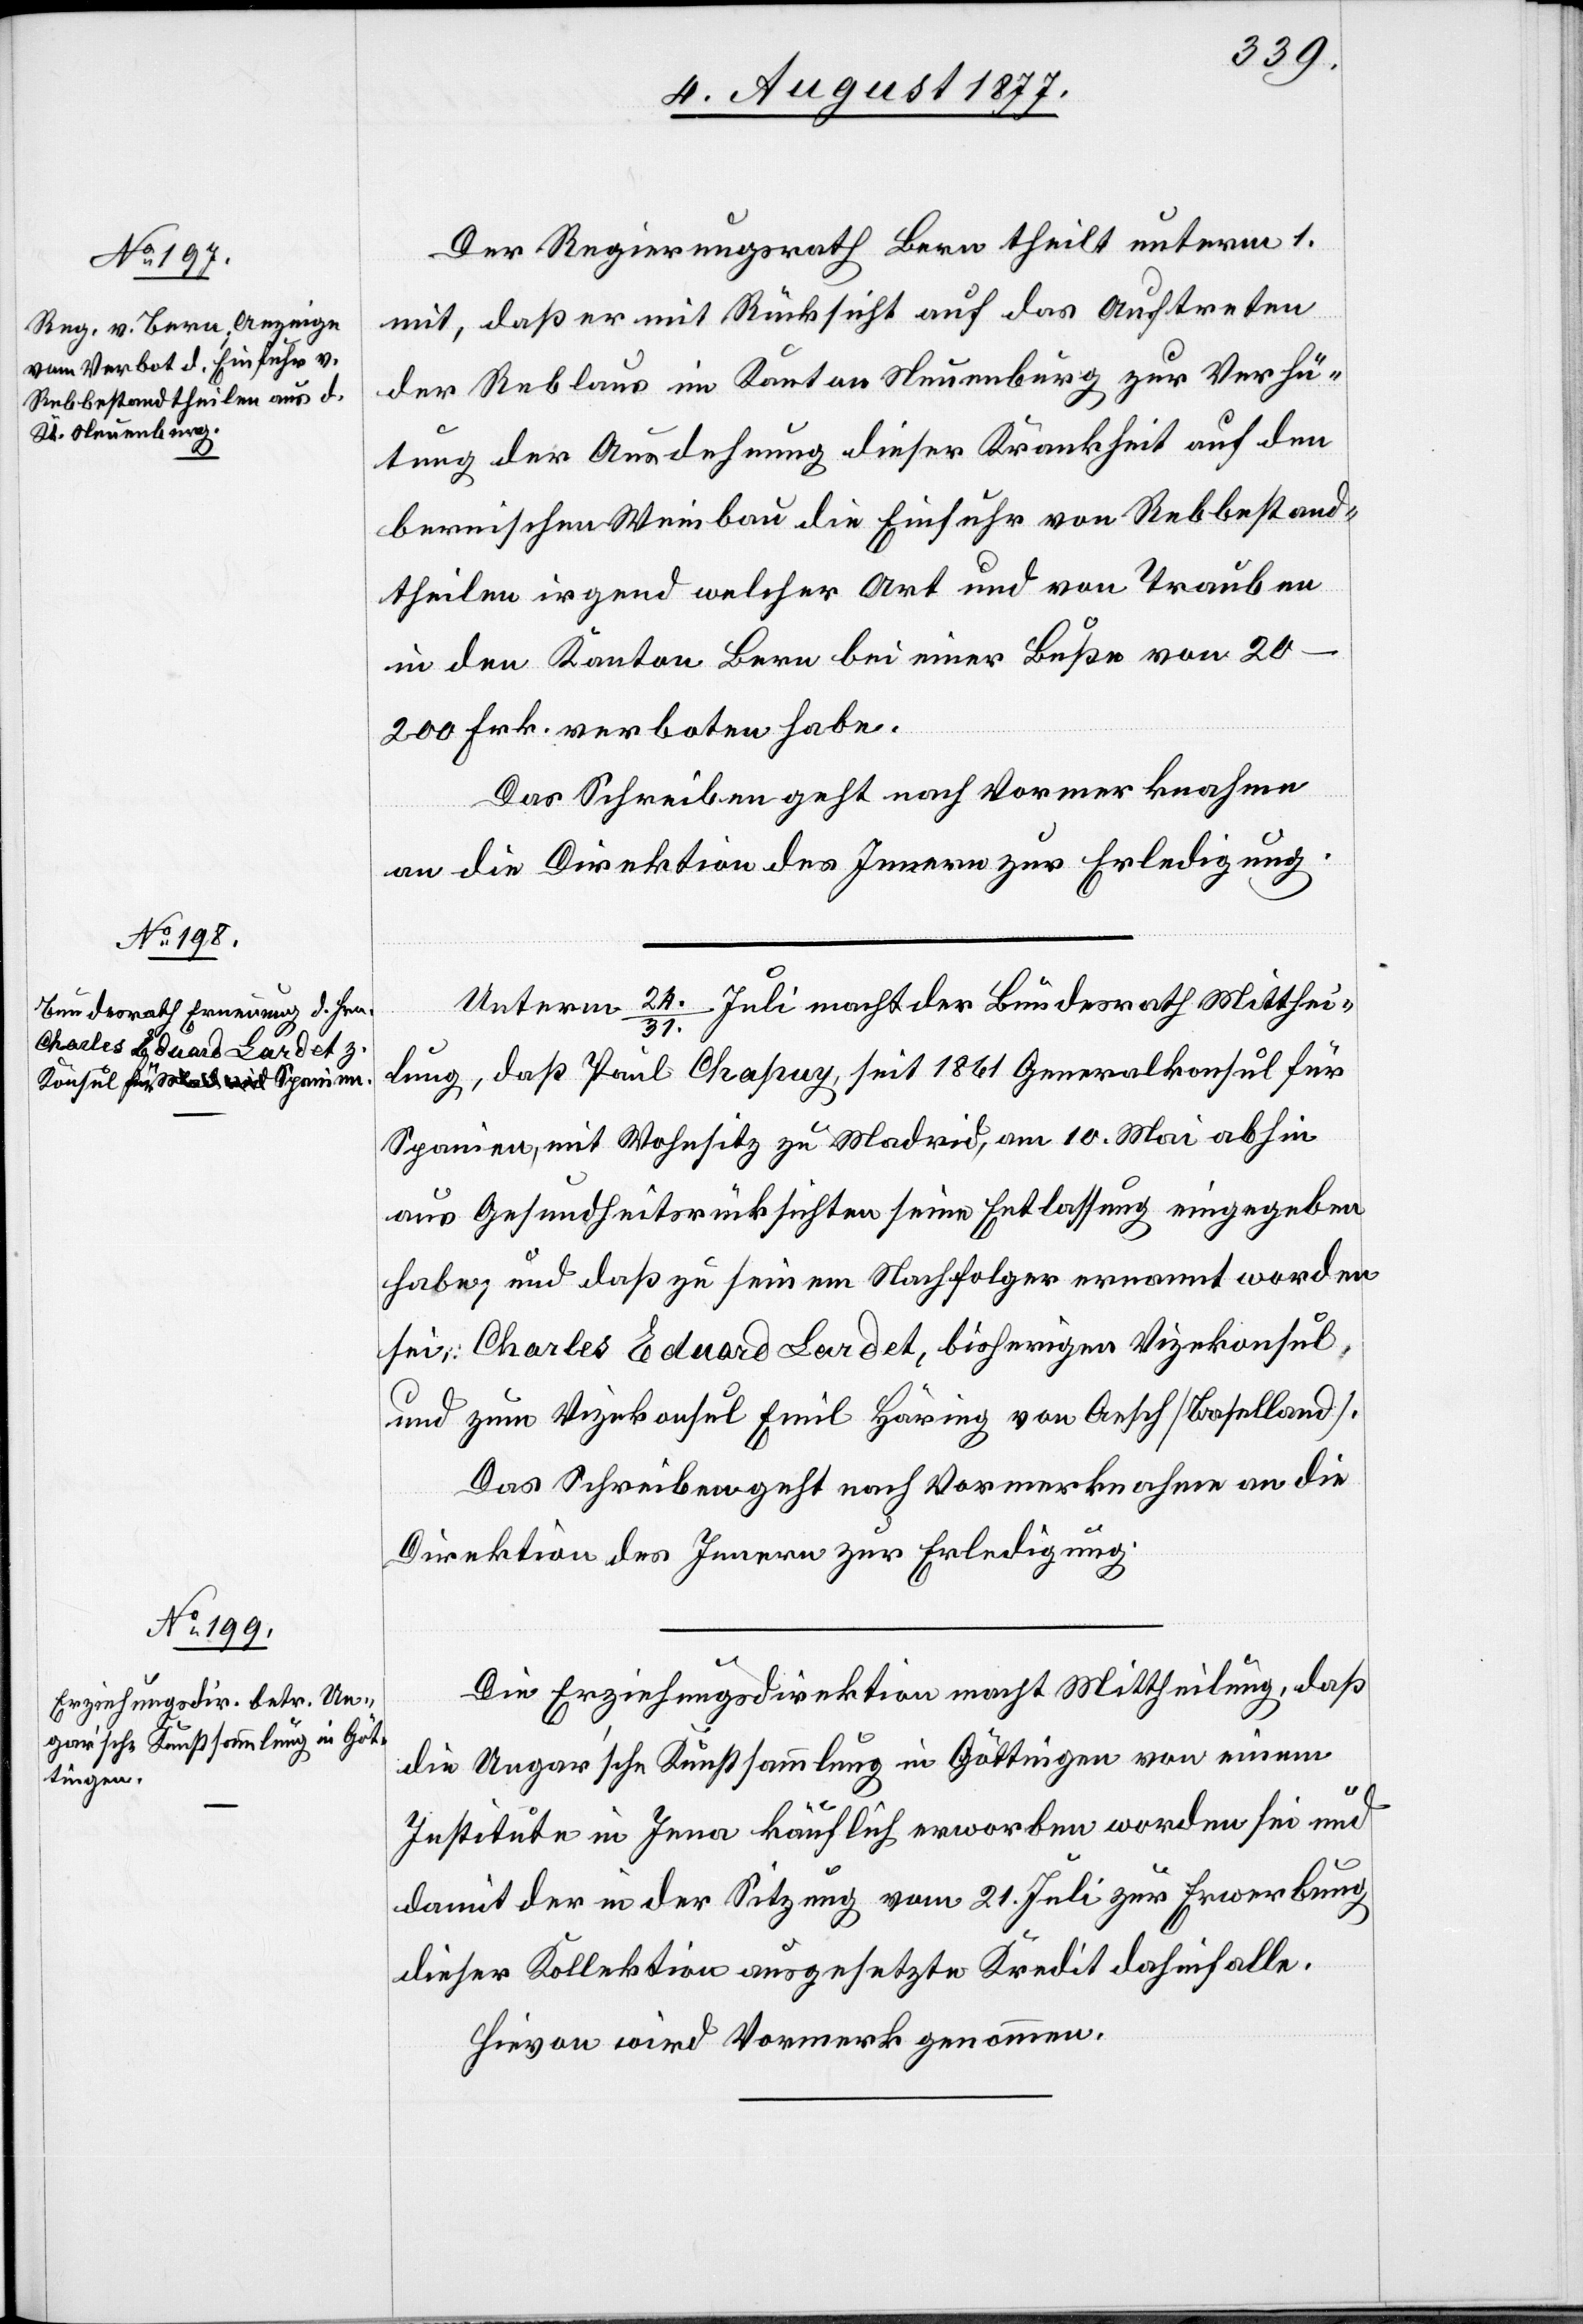
Der Regierungsrath Bern theilt unterm 1.
mit, daß er mit Rücksicht auf das Auftreten
der Reblaus im Kanton Neuenburg zur Verhü¬
tung der Ausdehnung dieser Krankheit auf den
bernischen Weinbau die Einfuhr von Rebbestand¬
theilen irgend welcher Art und von Trauben
in den Kanton Bern bei einer Buße von
20–200 Frk. verboten habe.
Das Schreiben geht nach Vormerknahme
an die Direktion des Innern zur Erledigung.
Unterm 24./31. Juli macht der Bundesrath Mitthei¬
lung, daß Paul Chapuy, seit 1861 Generalkonsul für
Spanien, mit Wohnsitz zu Madrid, am 10. Mai abhin
aus Gesundheitsrücksichten seine Entlassung eingegeben
habe, und daß zu seinem Nachfolger ernannt worden
sei: Charles Eduard Lardet, bisherigen Vizekonsul,
und zum Vizekonsul Emil Häring von Aesch [Baselland].
Das Schreiben geht nach Vormerknahme an die
Direktion des Innern zur Erledigung.
Die Erziehungsdirektion macht Mittheilung, daß
die Ungar’sche Kunstsammlung in Göttingen von einem
Institute in Jena käuflich erworben worden sei und
damit der in der Sitzung vom 21. Juli zur Erwerbung
dieser Kollektion ausgesetzte Kredit dahinfalle.
Hievon wird Vormerk genommen.